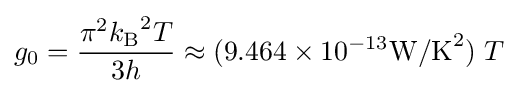
g_{0}={\frac {\pi ^{2}{k_{\rm {B}}}^{2}T}{3h}}\approx (9.464\times 10^{-13}{\rm {W/K}}^{2})\;T